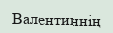
Валентиннің